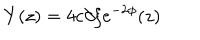
LaTeX: Y ( z ) = 4 c \partial \xi e ^ { - 2 \phi } ( z )